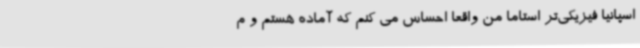
اسپانیا فیزیکی‌تر استاما من واقعاً احساس می کنم که آماده هستم و م